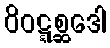
ဝိဝဋ္ဋစ္ဆဒေါ